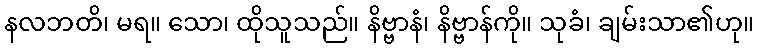
နလဘတိ၊ မရ။ သော၊ ထိုသူသည်။ နိဗ္ဗာနံ၊ နိဗ္ဗာန်ကို။ သုခံ၊ ချမ်းသာ၏ဟု။